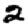
Digit: 2